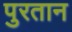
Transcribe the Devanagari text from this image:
पुरतान